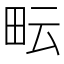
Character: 𤱂